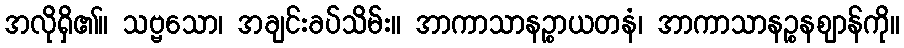
အလိုရှိ၏။ သဗ္ဗသော၊ အချင်းခပ်သိမ်း။ အာကာသာနဉ္စာယတနံ၊ အာကာသာနဉ္စနဈာန်ကို။